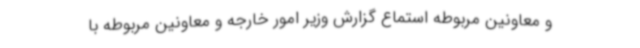
و معاونین مربوطه استماع گزارش وزیر امور خارجه و معاونین مربوطه با